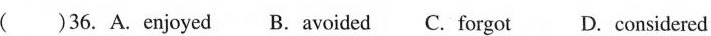
( )36. A.enjoyed B. avoided C. forgot D. considered